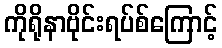
ကိုရိုနာဗိုင်းရပ်စ်ကြောင့်